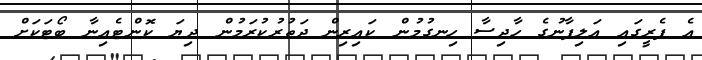
އެ ފެރީގައި އަލިފާނުގެ ހާދިސާ ހިނގުމުން ކައިރިން ދަތުރުކުރަމުން ދިޔަ ކޮންޓެއިނާ ބޯޓަކަށް